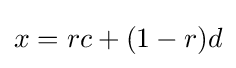
x=rc+(1-r)d